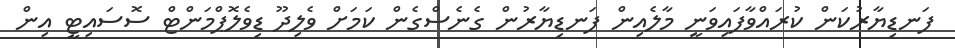
ފަނޑިޔާރުކަން ކުރައްވާފައިވަނީ މާލެއިން ފަނޑިޔާރުން ގެނެސްގެން ކަމަށް ވެލިދޫ ޑިވެލޮޕްމަންޓް ސޮސައިޓީ އިން